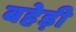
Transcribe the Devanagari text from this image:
बहेड़ी